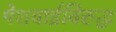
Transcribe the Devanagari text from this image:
पेशवाईविरुद्ध